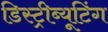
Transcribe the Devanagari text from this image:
डिस्ट्रीब्यूटिंग